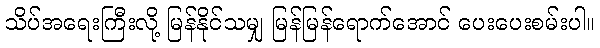
သိပ်အရေးကြီးလို့ မြန်နိုင်သမျှ မြန်မြန်ရောက်အောင် ပေးပေးစမ်းပါ။